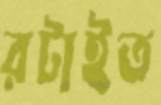
রটাইত